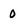
Character: 0